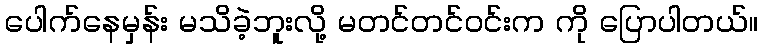
ပေါက်နေမှန်း မသိခဲ့ဘူးလို့ မတင်တင်ဝင်းက ကို ပြောပါတယ်။